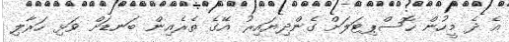
އެ ދެ މީހުން ހޮސްޕިޓަލަށް ގެންދިޔައިރު އޭގެ ތެރެއިން ބަނޑަށް ވަޅި ހަރާލި